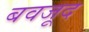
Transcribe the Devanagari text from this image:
बवजूद